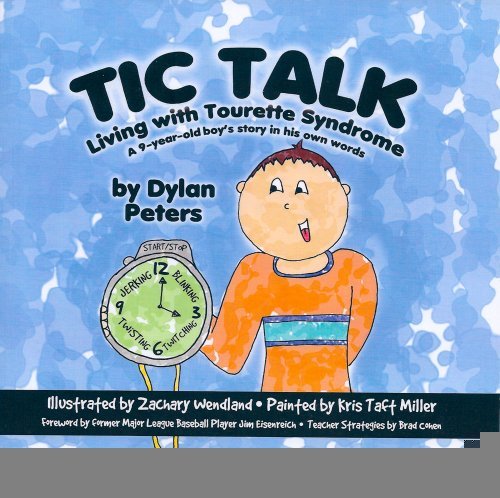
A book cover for Tic Talk: Living with Tourette Syndrome: A 9-Year-Old Boy's Story in His Own Words [Paperback] [2009] (Author) Dylan Peters, Kris Taft Miller, Zachary Wendland; Health, Fitness & Dieting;